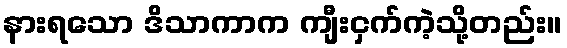
နားရသော ဒိသာကာက ကျီးငှက်ကဲ့သို့တည်း။